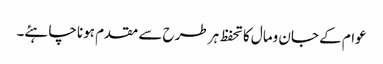
عوام کے جان ومال کاتحفظ ہر طرح سے مقدم ہونا چاہئے۔